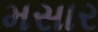
મસાર